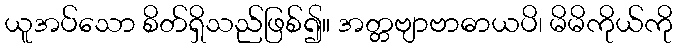
ယူအပ်သော စိတ်ရှိသည်ဖြစ်၍။ အတ္တဗျာဗာဓာယပိ၊ မိမိကိုယ်ကို